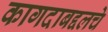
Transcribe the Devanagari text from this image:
कागदाबद्दलचे